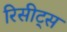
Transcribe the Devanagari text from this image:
रिसीट्स